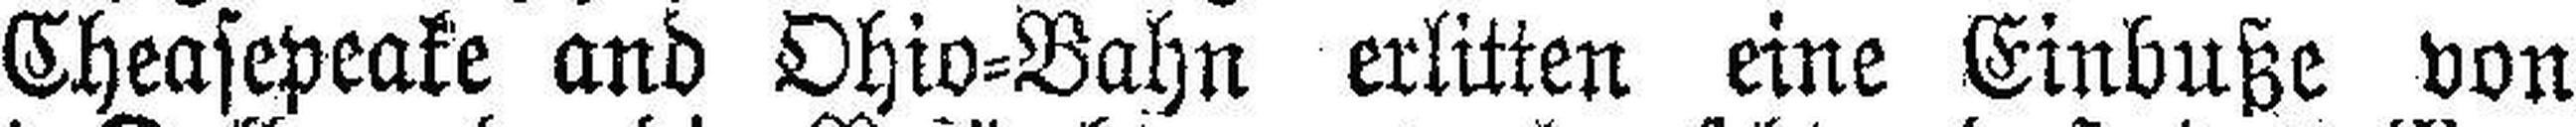
Cheasepeake and Ohio=Bahn erlitten eine Einbuße von